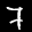
Label: 7